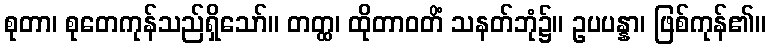
စုတာ၊ စုတေကုန်သည်ရှိသော်။ တတ္ထ၊ ထိုတာဝတိံ သနတ်ဘုံ၌။ ဥပပန္နာ၊ ဖြစ်ကုန်၏။